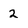
Character: 2